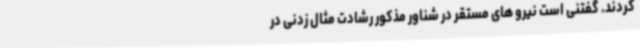
کردند. گفتنی است نیرو های مستقر در شناور مذکور رشادت مثال زدنی در